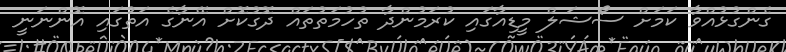
ގެންގުޅުއްވާ ކަމަށް ސޯޝަލް މީޑިއާގައި ކުރަމުންދާ ތުހުމަތުތައް ދޮގުކޮށް އޭނާގެ އަތުގައި އޮންނަނީ